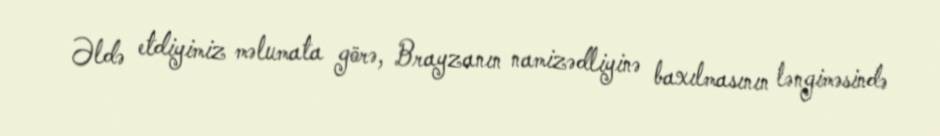
Əldə etdiyimiz məlumata görə, Brayzanın namizədliyinə baxılmasının ləngiməsində